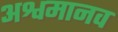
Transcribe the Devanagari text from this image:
अश्वमानव